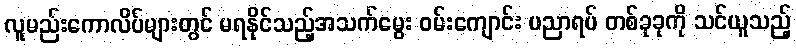
လူမည်းကောလိပ်များတွင် မရနိုင်သည့်အသက်မွေး ဝမ်းကျောင်း ပညာရပ် တစ်ခုခုကို သင်ယူသည့်